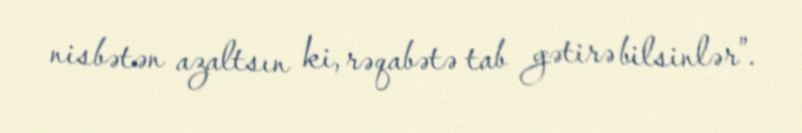
nisbətən azaltsın ki, rəqabətə tab gətirə bilsinlər”.